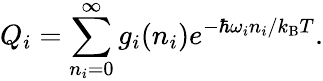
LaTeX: Q_{i}=\sum_{n_{i}=0}^{\infty}g_{i}(n_{i})e^{-\hbar\omega_{i}n_{i}/k_{\mathrm{B}}T}.